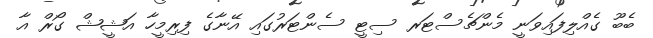
ބެބޫ ގެއްލިފައިވަނީ މެންޗެސްޓަރ ސިޓީ ސެންޓަރުގައި އޭނާގެ ފިރިމީހާ އަޝީޝް ގޯރް އާ